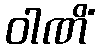
ဝါဏိံ